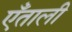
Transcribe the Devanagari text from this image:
एँताली